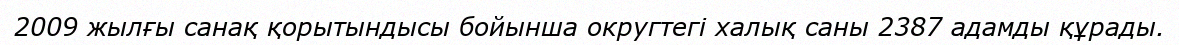
2009 жылғы санақ қорытындысы бойынша округтегі халық саны 2387 адамды құрады.